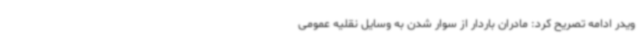
ویدر ادامه تصریح کرد: مادران باردار از سوار شدن به وسایل نقلیه عمومی